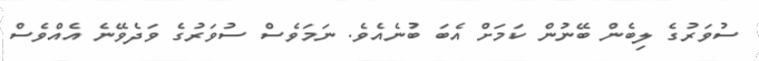
ސުވަރުގެ ލިބެން ބޭނުން ކަމަށް އެބަ ބުނެއެވެ. ނަމަވެސް ސުވަރުގެ ވަދެވޭނެ އެއްވެސް